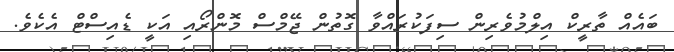
ބައެއް ތާރީކް އިލްމުވެރިން ސިފަކުރައްވާ ގޮތުން ޖޭމްސް މޮންރޯއި އަކީ ޑެއިސްޓް އެކެވެ.